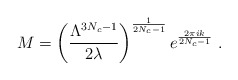
\begin{align*}M=\left(\frac{\Lambda^{3N_c-1}}{2 \lambda} \right)^{\frac{1}{2N_c-1}} e^{\frac{2 \pi i k}{2N_c-1}} ~.\end{align*}